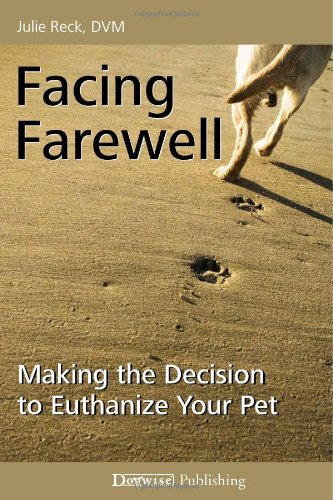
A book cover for Facing Farewell: Making the Decision to Euthanize Your Pet; DVM Julie Reck; Crafts, Hobbies & Home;